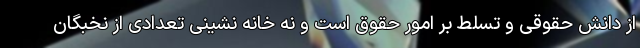
از دانش حقوقی و تسلط بر امور حقوق است و نه خانه نشینی تعدادی از نخبگان